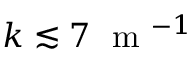
k \lesssim 7 ~ \mathrm { ~ m ~ } ^ { - 1 }